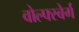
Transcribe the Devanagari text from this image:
वोल्फ्स्बेर्ग